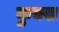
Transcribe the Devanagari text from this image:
कुक्स